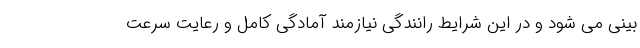
بینی می شود و در این شرایط رانندگی نیازمند آمادگی کامل و رعایت سرعت